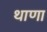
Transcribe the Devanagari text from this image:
थाणा